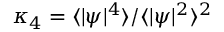
\kappa _ { 4 } = \langle | \psi | ^ { 4 } \rangle / \langle | \psi | ^ { 2 } \rangle ^ { 2 }